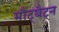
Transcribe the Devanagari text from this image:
मौंट्बैट्न